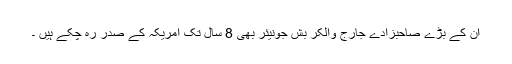
ان کے بڑے صاحبزادے جارج والکر بش جونیئر بھی 8 سال تک امریکہ کے صدر رہ چکے ہیں ۔